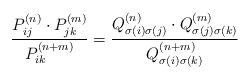
\begin{align*} \frac{P^{(n)}_{ij} \cdot P^{(m)}_{jk} }{P^{(n+m)}_{ik}} = \frac{ Q^{(n)}_{\sigma(i) \sigma(j)} \cdot Q^{(m)}_{\sigma(j) \sigma(k)}}{Q^{(n+m)}_{\sigma(i) \sigma(k)}} \end{align*}